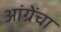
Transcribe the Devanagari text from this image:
आंग्रेंचा